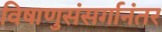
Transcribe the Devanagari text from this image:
विषाणुसंसर्गानंतर